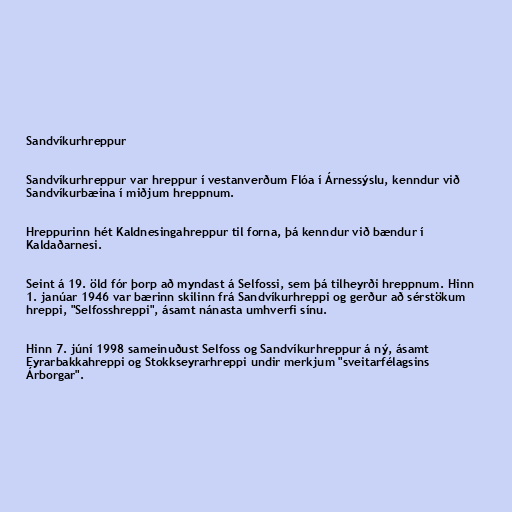
Sandvíkurhreppur

Sandvíkurhreppur var hreppur í vestanverðum Flóa í Árnessýslu, kenndur við
Sandvíkurbæina í miðjum hreppnum.

Hreppurinn hét Kaldnesingahreppur til forna, þá kenndur við bændur í
Kaldaðarnesi.

Seint á 19. öld fór þorp að myndast á Selfossi, sem þá tilheyrði hreppnum. Hinn
1. janúar 1946 var bærinn skilinn frá Sandvíkurhreppi og gerður að sérstökum
hreppi, "Selfosshreppi", ásamt nánasta umhverfi sínu.

Hinn 7. júní 1998 sameinuðust Selfoss og Sandvíkurhreppur á ný, ásamt
Eyrarbakkahreppi og Stokkseyrarhreppi undir merkjum "sveitarfélagsins
Árborgar".